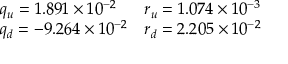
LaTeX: \begin{array} { l l } { { q _ { u } = 1 . 8 9 1 \times 1 0 ^ { - 2 } } } & { { r _ { u } = 1 . 0 7 4 \times 1 0 ^ { - 3 } } } \\ { { q _ { d } = - 9 . 2 6 4 \times 1 0 ^ { - 2 } } } & { { r _ { d } = 2 . 2 0 5 \times 1 0 ^ { - 2 } } } \end{array}